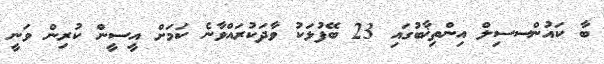
ބާ ކައުންސސިލް އިންތިޚާބުގައި 23 ބޭފުޅަކު ވާދަކުރައްވާނެ ކަމަށް އީސީން ކުރިން ވަނީ